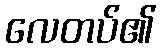
လေတပ်၏